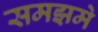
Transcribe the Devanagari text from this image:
समझमे